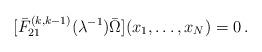
LaTeX: \begin{align*}[\bar F_{21}^{(k,k-1)}(\lambda ^{-1})\bar \Omega ](x_1, \ldots , x_N)=0 \, .\end{align*}